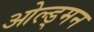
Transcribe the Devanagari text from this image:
ओल्ड्मन